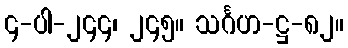
၄-ပါ-၂၄၄၊ ၂၄၅။ သင်္ဂဟ-ဋ္ဌ-၈၂။